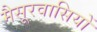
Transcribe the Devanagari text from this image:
मैसूरवासियों